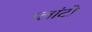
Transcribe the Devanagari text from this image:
प्‍लांटो